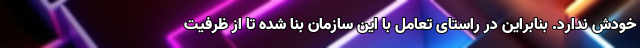
خودش ندارد. بنابراین در راستای تعامل با این سازمان بنا شده تا از ظرفیت